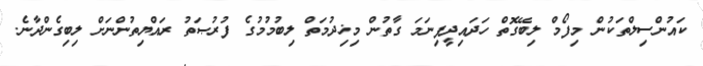
ކައުންސިލްތަކުން މިފޯމް ލިބޭގޮތް ހަދައިދީފިނަމަ ގާތުން މިޚިދުމަތް ލިބުމުމުގެ ފުރުޞަތު ރައްޔިތުންނަށް ލިބިގެންދާނެ.